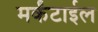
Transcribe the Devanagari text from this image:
मर्कंटाईल